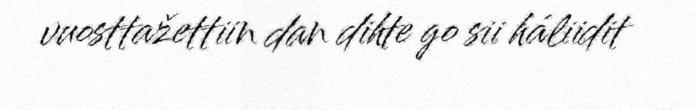
vuosttažettiin dan dihte go sii háliidit